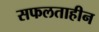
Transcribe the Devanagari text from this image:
सफलताहीन